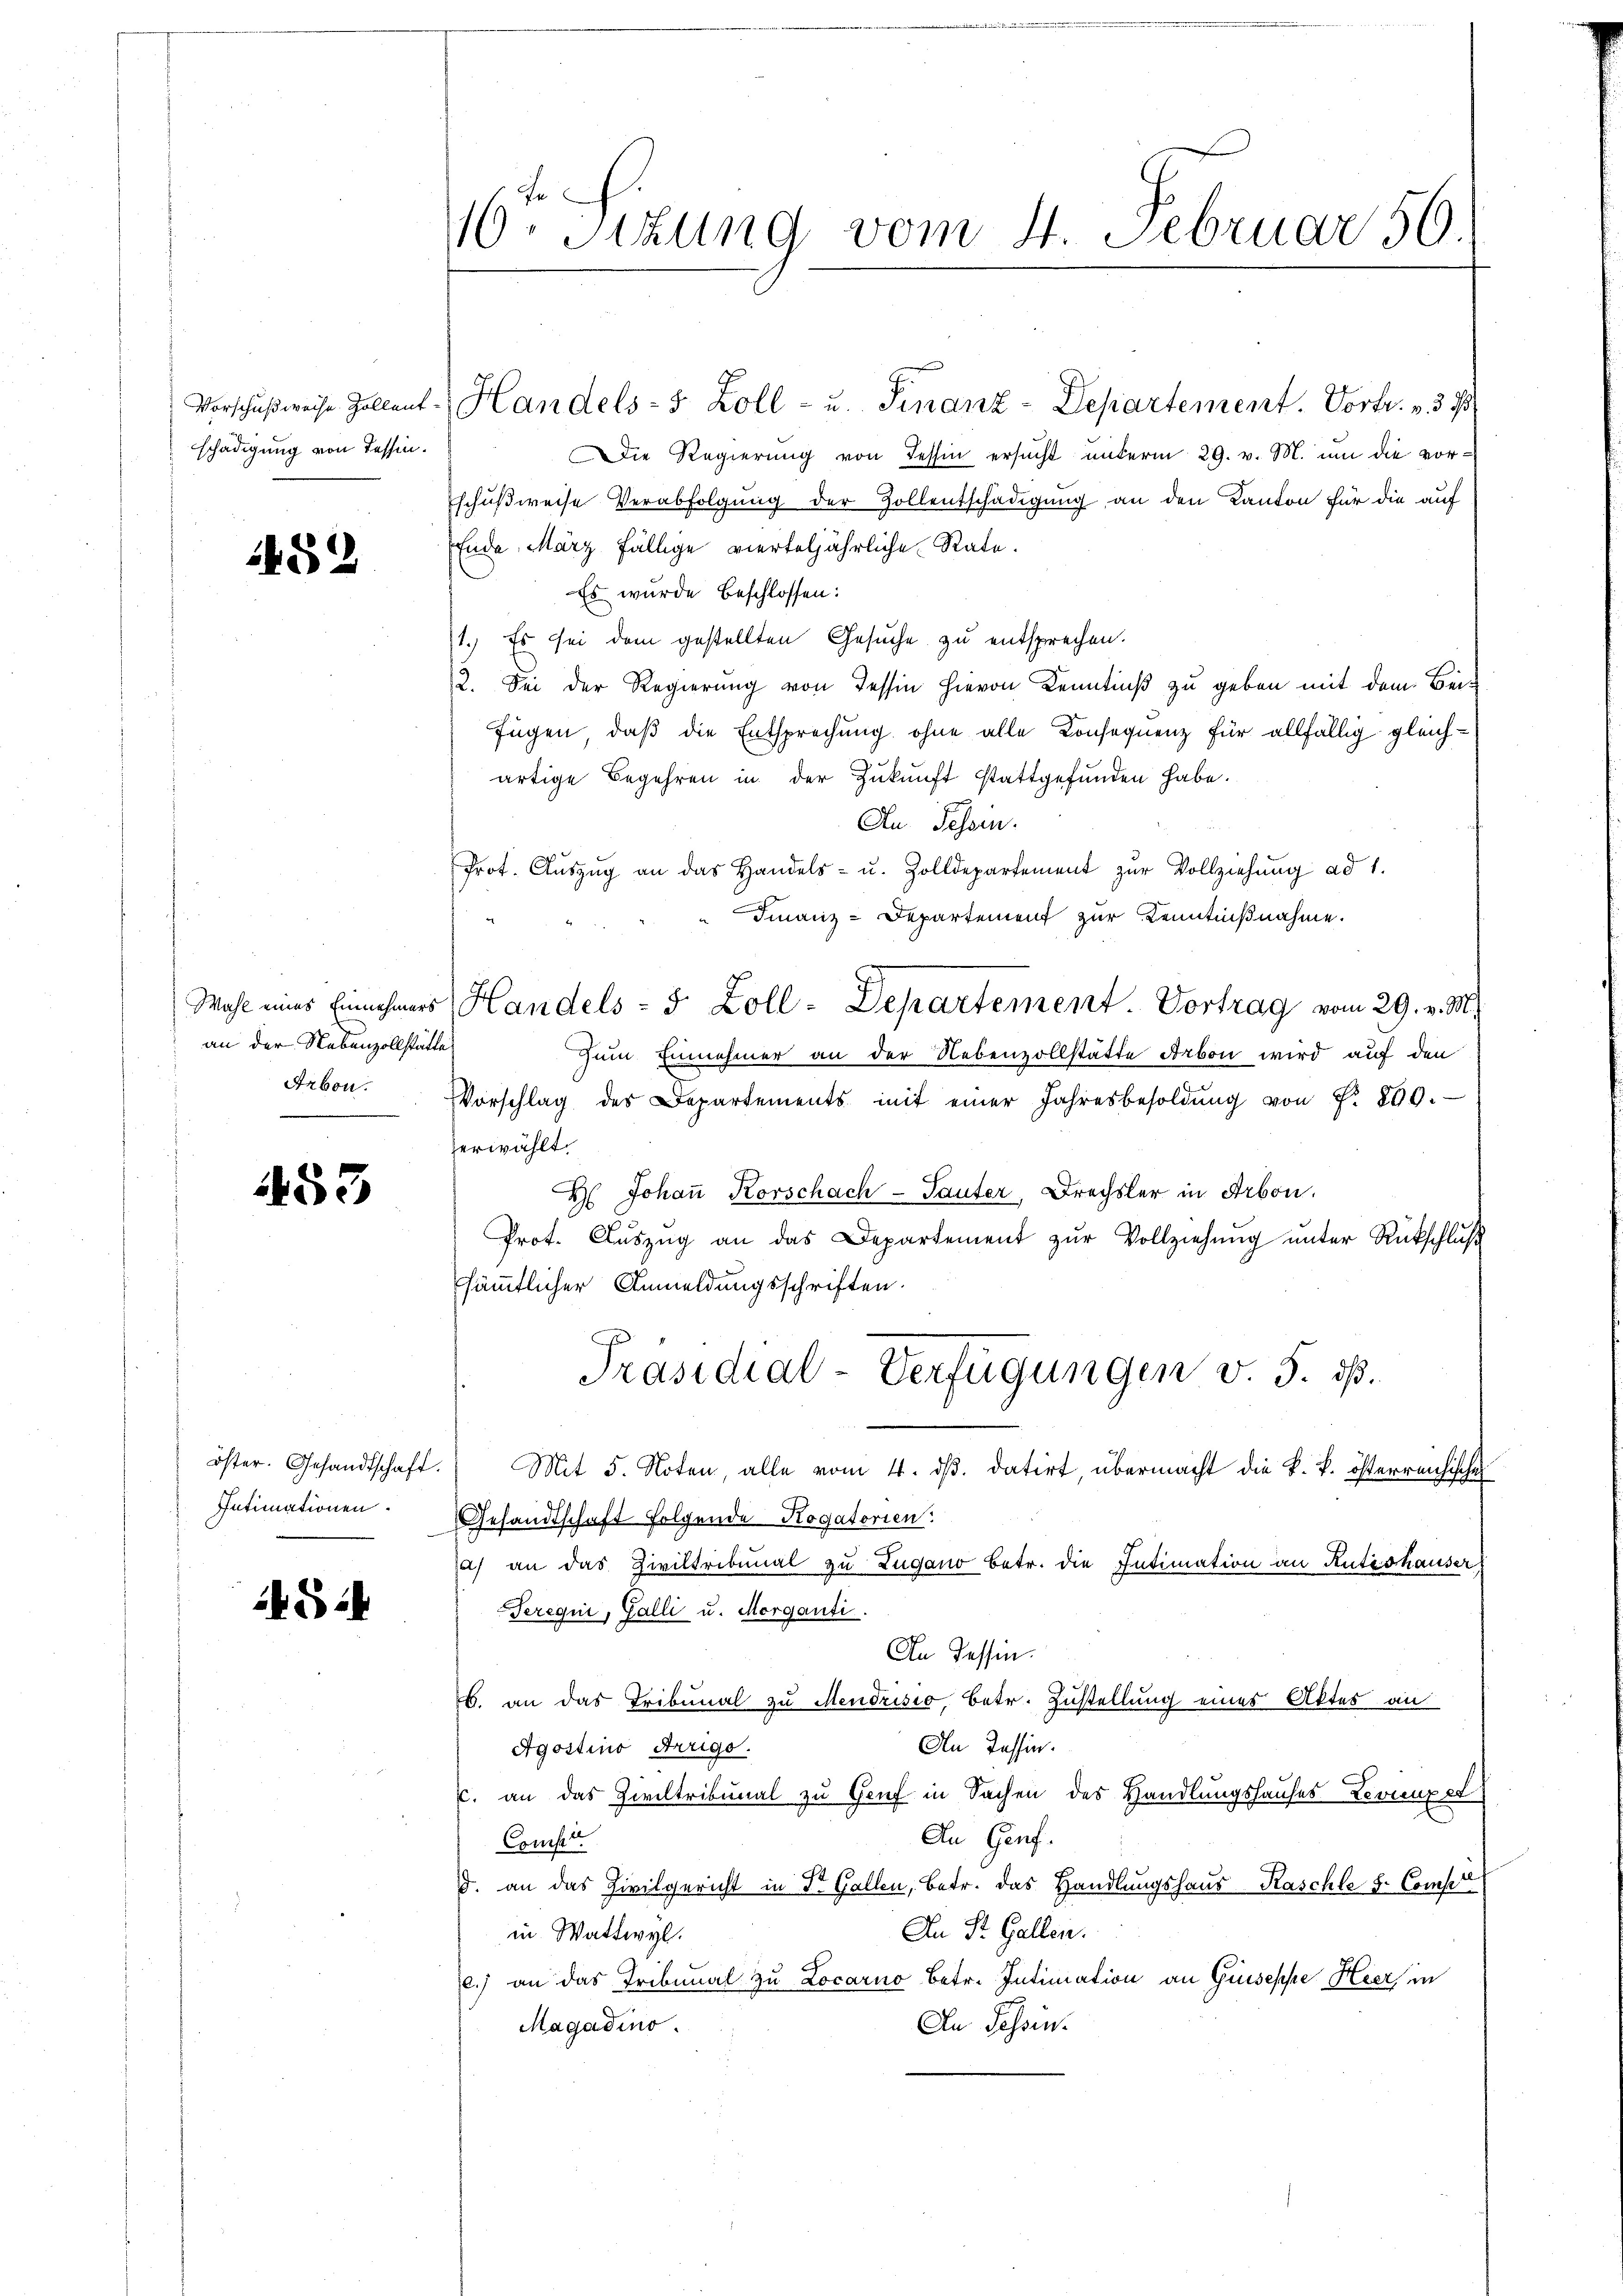
Vorschußweise. Zollent-
schädigung von Tessin.

1452

an der Nebenzollstätte
Arbon.

53

öster. Gesandtschaft.
Intimationen.

5

10te Sizung vom 4. Februar 56.

Handels- & Zoll- u. Finanz-Departement. Vortr. v. 3. 7
Die Regierŭng von Tessin ersŭcht unterm 29. v. M. um die vorschußweise Verabfolgung der Zollentschädigung an den Kanton für die auf
Ende März fällige vierteljährliche Rate.
Es wurde beschlossen:
1.) Es sei dem gestellten Gesuche zu entsprechen.
3. Sei der Regierung von Tessin hievon Kenntniß zu geben mit dem Bei¬
Fügen, daß die Entsprechung ohne alle Consequenz für allfällig gleichartige Begehren in der Zukunft stattgefunden habe.
Au Tessin.
Prot. Aŭszŭg an das Handels- u. Zolldepartement zŭr Vollziehŭng ad 1.
Finanz-Departement zur Kenntnißnahme.
Wahl eines Einnehmers Handels- & Zoll-Departement. Vortrag vom 29. v. M.
Zum Einnehmer an der Nebenzollstätte Arbon wird auf den
Vorschlag des Departements mit einer Jahresbesoldŭng von f. 200.
herwählt.
H. Johaṅ Korschach - Sauter, Drechsler in Arbon.
Prot. Aŭszŭg an das Departement zŭr Vollziehŭng ŭnter Rückschluß
sämmtlicher Anmeldungsschriften.
Präsidial-Verfügungen v. 5. ds.
Mit 5. Noten, alle vom 4. ds. datirt, übermacht die k. k. österreichische
Gesandtschaft folgende Rogatorien.
a) an das Ziviltribunal zu Zugano betr. die Intimation an Rütishauser
Terequi, Galli u. Morganti.
An Tessin.
b. an das Tribunal zu Mendrisio, betr. Zustellung eines Aktes an
An Tessin.
Agostino Arrigo.
c. an das Ziviltribunal zu Genf in Sachen des Handlungshauses Levienz et
An Genf.
Conser
d. an das Zivilgericht in Dr. Gallen, betr. das Handlungshaus Raschle s. Compet
An St. Gallen.
in Wattwyl.
c.) an das Tribunal zu Locarno betr. Intimation an Guseppe Heer in
An Schein.
Magadino.